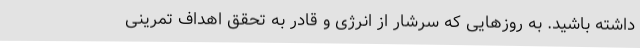
داشته باشید. به روزهایی که سرشار از انرژی و قادر به تحقق اهداف تمرینی